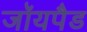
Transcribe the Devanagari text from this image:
जॉयपैड